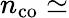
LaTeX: n_{\mathrm{co}}\simeq